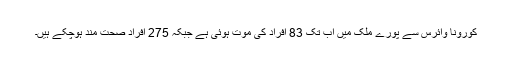
کورونا وائرس سے پورے ملک میں اب تک 83 افراد کی موت ہوئی ہے جبکہ 275 افراد صحت مند ہوچکے ہیں۔